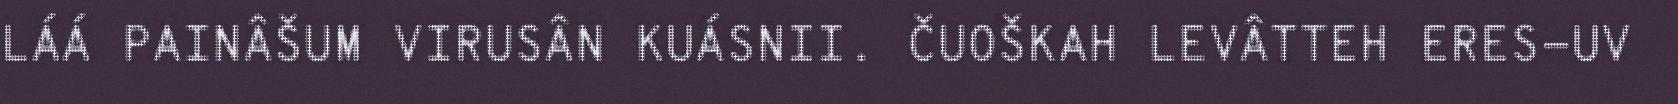
LÁÁ PAINÂŠUM VIRUSÂN KUÁSNII. ČUOŠKAH LEVÂTTEH ERES-UV